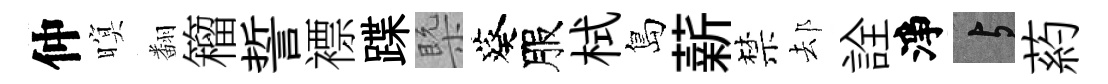
仲暝翻籕誓褾蹀槩葵服栻島薪禁𨚫詮淨与葯